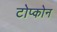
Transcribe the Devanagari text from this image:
टोप्कोन